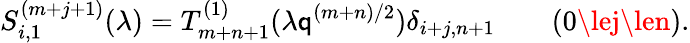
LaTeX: S_{i,1}^{(m+j+1)}(\lambda)=T_{m+n+1}^{(1)}(\lambda\mathsf{q}^{(m+n)/2})\delta_{i+j,n+1}\qquad(0\lej\len).